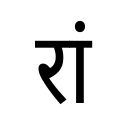
OCR:
रां